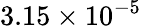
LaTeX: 3.15\times 10^{-5}